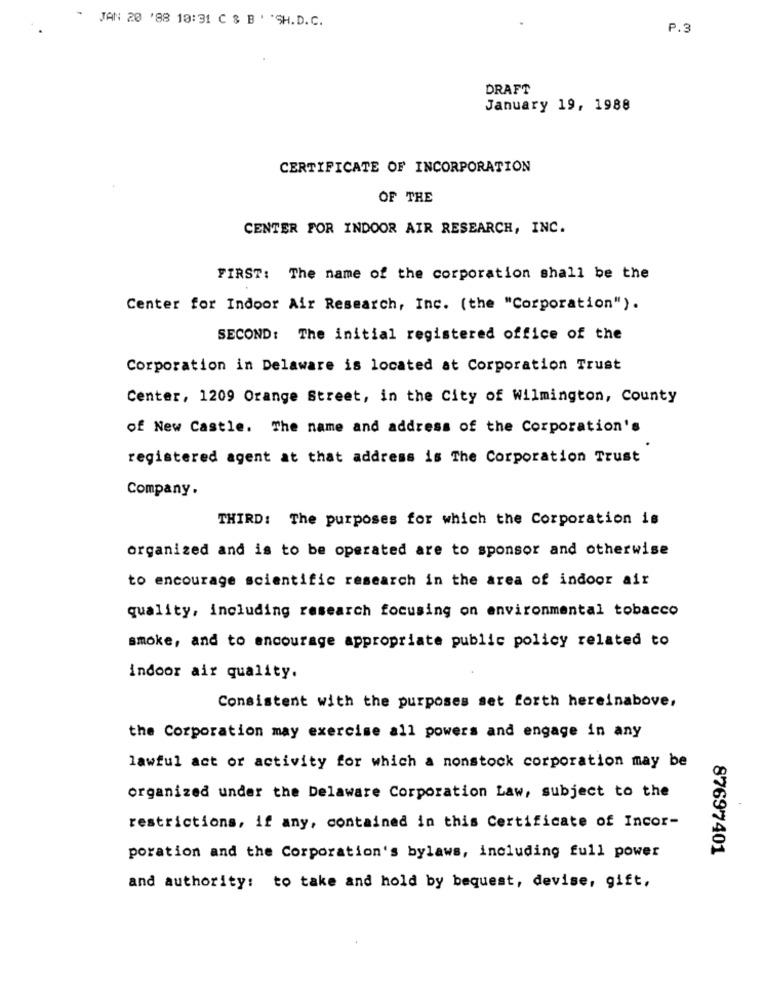
* JAN 20 '88 18:31 C & B ' *SH.D.C.
P.3
DRAFT
January 19, 1988
CERTIFICATE OF INCORPORATION
OF THE
CENTER FOR INDOOR AIR RESEARCH, INC.
FIRST: The name of the corporation shall be the
Center for Indoor Air Research, Inc. (the "Corporation").
SECOND: The initial registered office of the
Corporation in Delaware is located at Corporation Trust
Center, 1209 Orange Street, in the City of Wilmington, County
of New Castle. The name and address of the Corporation's
registered agent at that address is The Corporation Trust
Company.
THIRD: The purposes for which the Corporation is
organized and is to be operated are to sponsor and otherwise
to encourage scientific research in the area of indoor air
quality, including research focusing on environmental tobacco
smoke, and to encourage appropriate public policy related to
indoor air quality.
Consistent with the purposes set forth hereinabove,
the Corporation may exercise all powers and engage in any
lawful act or activity for which a nonstock corporation may be
organized under the Delaware Corporation Law, subject to the
restrictions, if any, contained in this Certificate of Incor-
87697401
poration and the Corporation's bylaws, including full power
and authority: to take and hold by bequest, devise, gift,